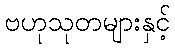
ဗဟုသုတများနှင့်